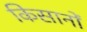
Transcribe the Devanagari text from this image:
किसानोंं